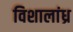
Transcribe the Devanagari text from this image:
विशालांध्र